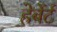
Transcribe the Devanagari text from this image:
हेर्बेर्ट